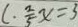
l \cdot \frac { 2 } { 5 } x = 3